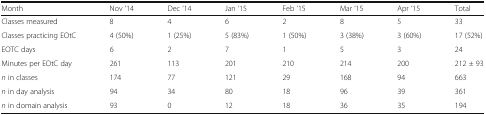
| Month | Nov ‘14 | Dec ‘14 | Jan ‘15 | Feb ‘15 | Mar ‘15 | Apr ‘15 | Total |
 | --- | --- | --- | --- | --- | --- | --- | --- |
 | Classes measured | 8 | 4 | 6 | 2 | 8 | 5 | 33 |
 | Classes practicing EOtC | 4 (50%) | 1 (25%) | 5 (83%) | 1 (50%) | 3 (38%) | 3 (60%) | 17 (52%) |
 | EOTC days | 6 | 2 | 7 | 1 | 5 | 3 | 24 |
 | Minutes per EOtC day | 261 | 113 | 201 | 210 | 214 | 200 | 212 ± 93 |
 | n in classes | 174 | 77 | 121 | 29 | 168 | 94 | 663 |
 | n in day analysis | 94 | 34 | 80 | 18 | 96 | 39 | 361 |
 | n in domain analysis | 93 | 0 | 12 | 18 | 36 | 35 | 194 |